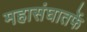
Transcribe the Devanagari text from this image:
महासंघातर्फे